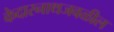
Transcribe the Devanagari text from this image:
केदारनाथजवळील